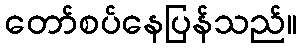
တော်စပ်နေပြန်သည်။